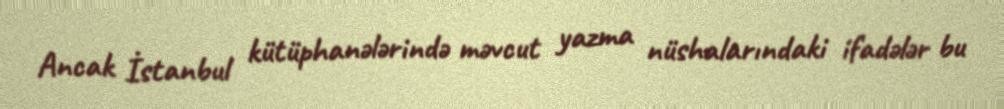
Ancak İstanbul kütüphanələrində məvcut yazma nüshalarındaki ifadələr bu